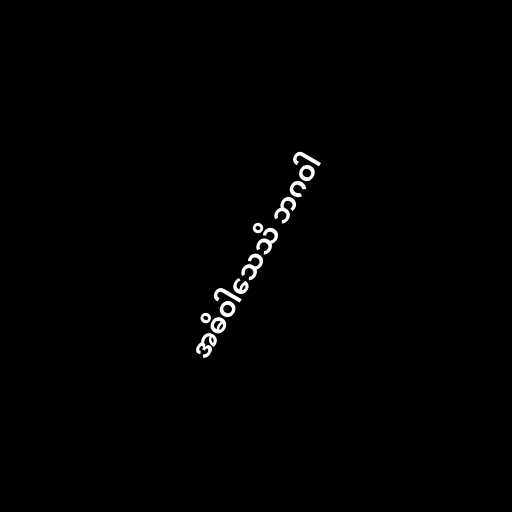
အဓိဝါသေသိ ဘဂဝါ